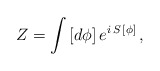
\begin{align*}Z = \int \, [d \phi] \, e^{i \, S \, [\phi]}\,,\end{align*}